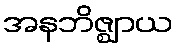
အနဘိဇ္ဈာယ